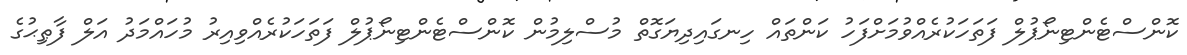
ކޮންސްޓެންޓިނޯޕުލް ފަތަހަކުރެއްވުމަށްފަހު ކަންތައް ހިނގައިދިޔަގޮތް މުސްލިމުން ކޮންސްޓެންޓިނޯޕުލް ފަތަހަކުރެއްވިއިރު މުހައްމަދު އަލް ފާޠިޙުގެ